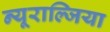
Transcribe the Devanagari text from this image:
न्यूराल्जिया